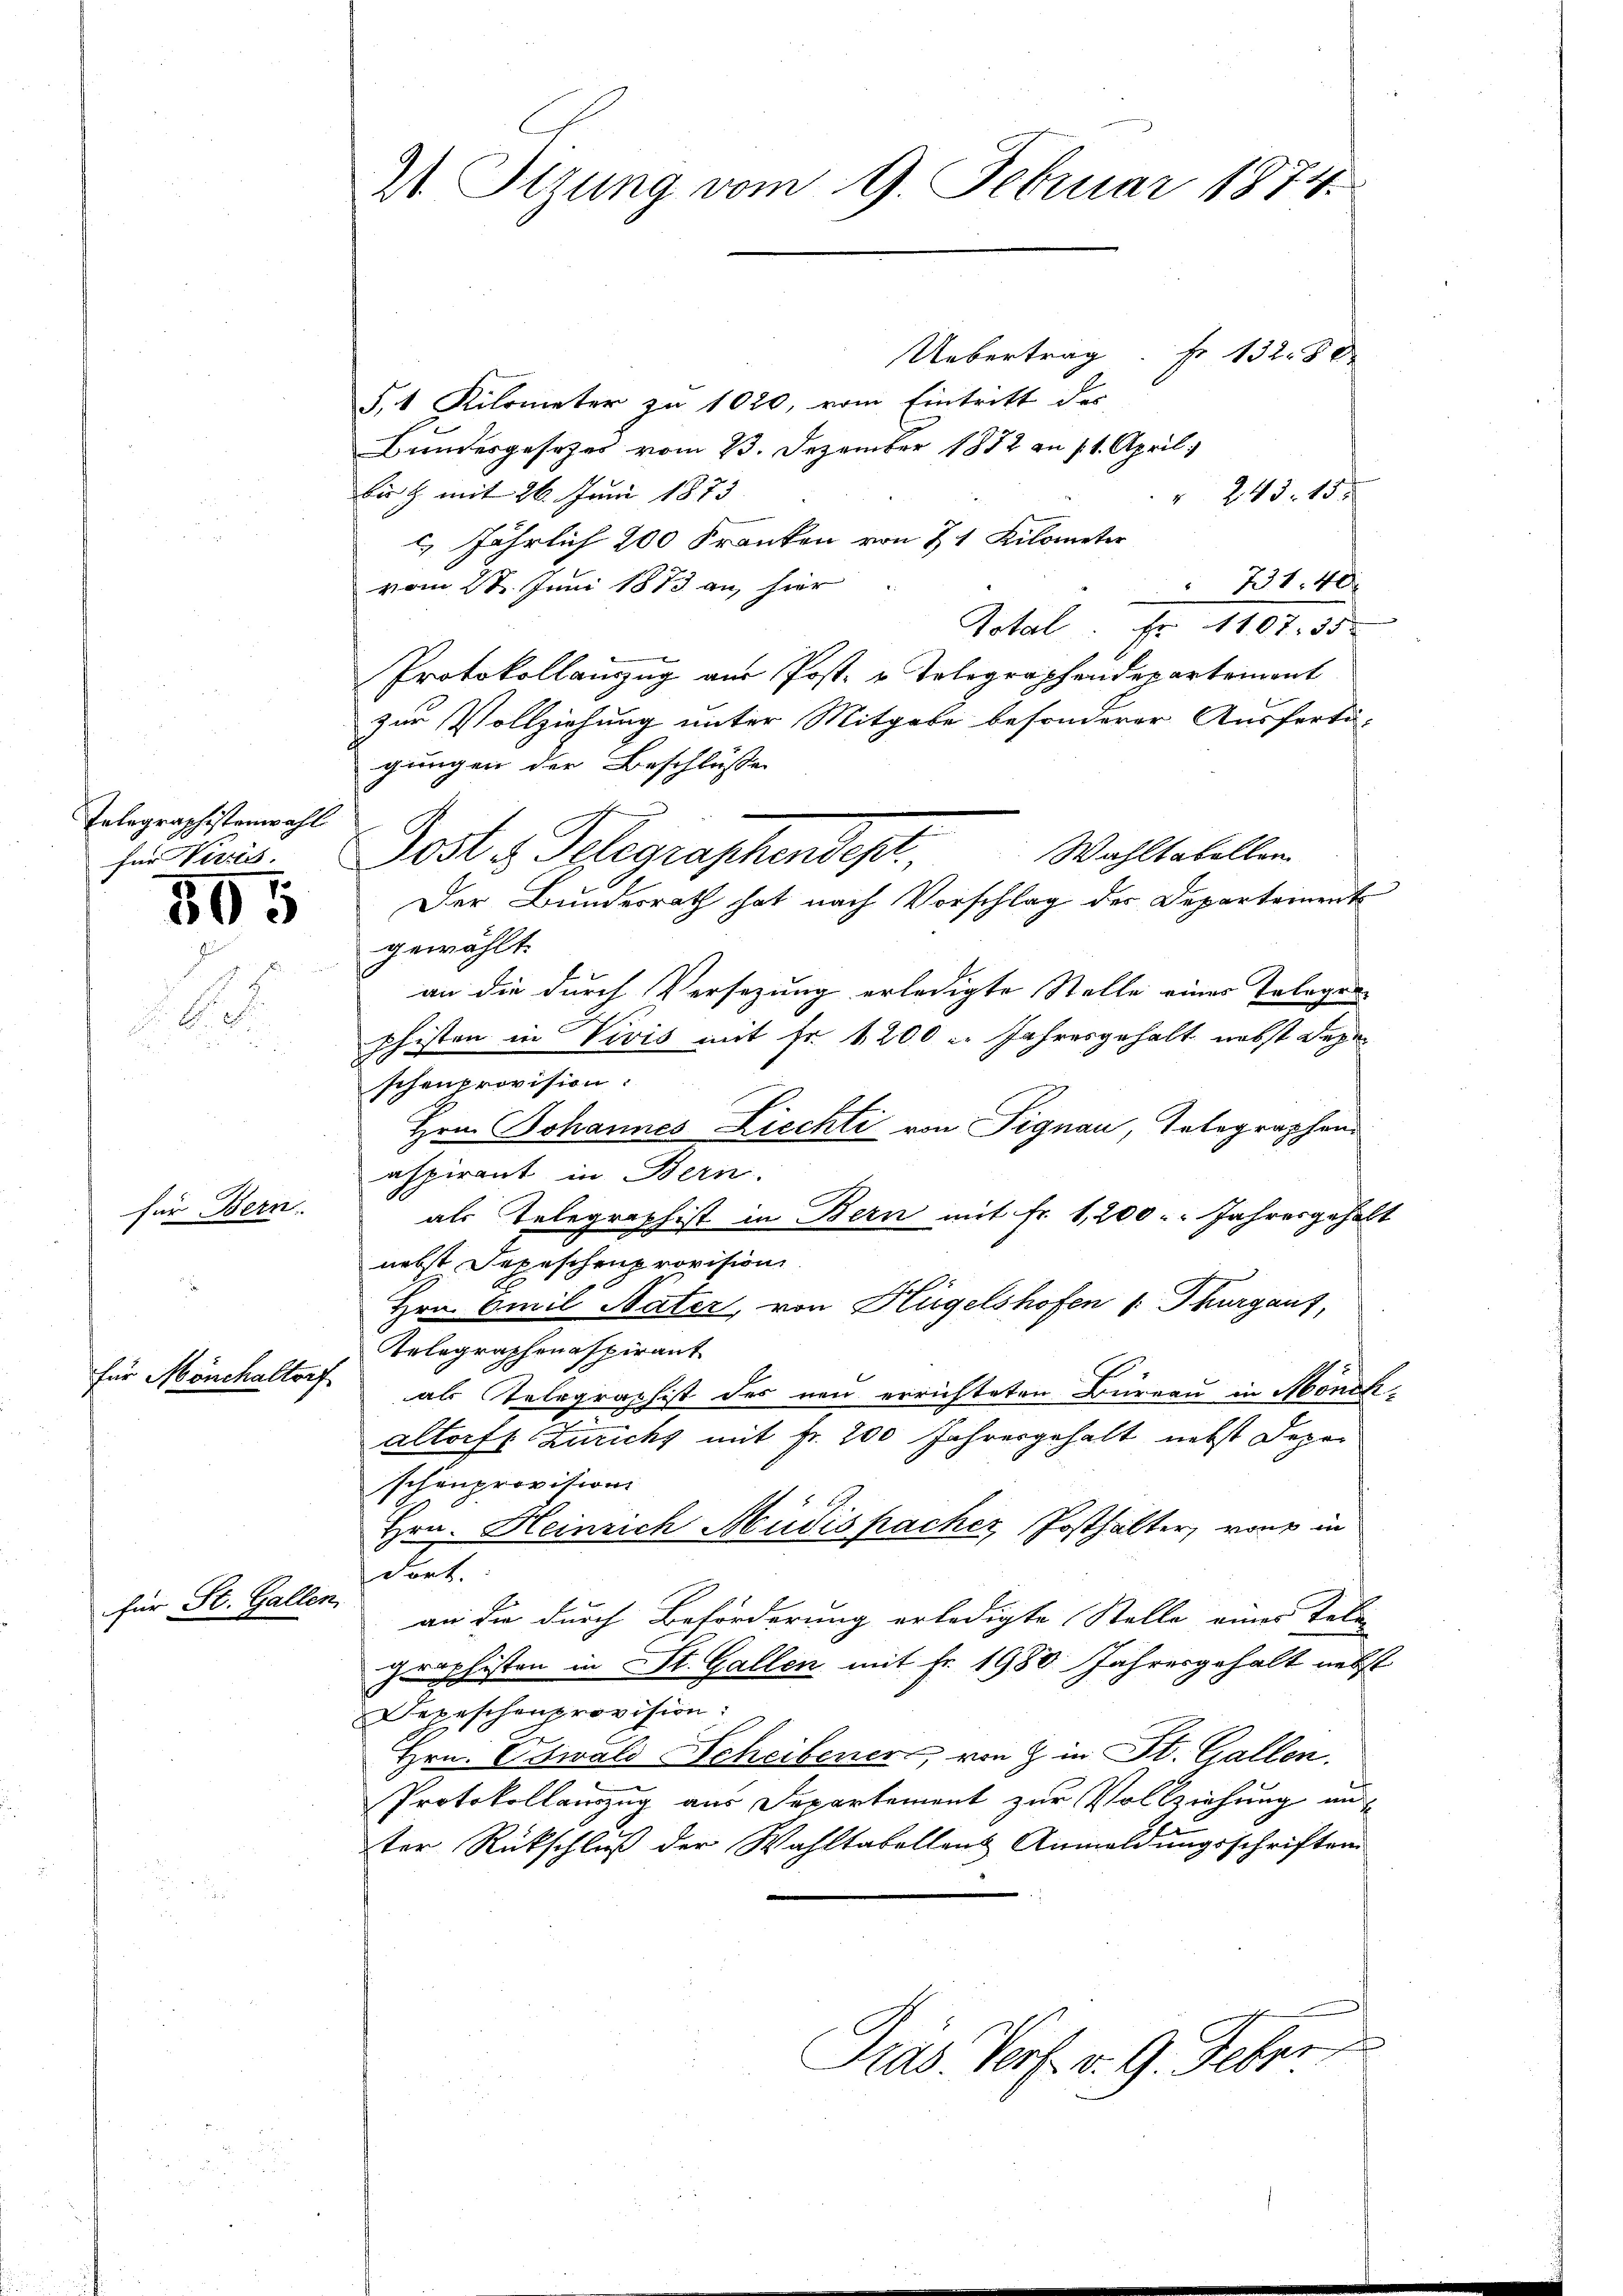
Telegraphistenwahl
für Verris.

für Bern.

395

.

für Mönchaltorf

zur St. Gallen.

21 Tizung vom 9. Februar 1874.

Uebertrag Fr. 132. 80
§.1 Kilometer zu 1020, vom Eintritt des
Bundesgesetzes vom 23. Dezember 1872 an 11. April
bis 9 mit 26. Juni 1873.
" 243. 15.
 Jährlich 200 Franken von 21 Kilometer
vom 28. Juni 1873 an, hier
 731. 40
Total. Fr. 1107. 35
Protokollanzug aus Post- u. Telegraphendepartement
zur Vollziehung unter Mitgabe besonderer Ausferti-
gungen der Beschlüsse
Post z. Telegraphendest
Der Bundesrath hat nach Vorschlag der Departement
gewählt.
an die durch Versezung erledigte Stelle eines Telegen
phisten in Vivis mit Fr. 1200 l. Jahresgehalt nebst Degen
schenprovision:
Hrn. Johannes Ziechti von Signau, Telegraphen
aspirant in Bern.
als Telegraph ist in Bern mit Fr. 1,200. Jahresgehalt
nebst Depeschenprovision
Hrn. Emil Nater, von Hügelshofen (: Thurgauf,
Relegraphenaspirant
als Telegraphist des neu errichteten Bureau in Monik
J
altorf: Zürichs mit Fr. 200 Jahresgehalt nebst Depa
schenprovision
Hrn. Heinrich Müdispacher, Posthalter, von in
et
an die durch Beförderung erledigte Stelle eines Tele
graphisten in St. Gallen mit Fr. 1980 Jahresgehalt nebst
Depeschenprovision:
Hrn. Oswald Scheibener, von & in St. Gallen.
Protokollauszug aus Separtement zur Vollziehung an
ter Rückschluß der Wahltabellanz Anmeldungsschriften

Wahltabellen

Pras Verf. v. 9. Feber